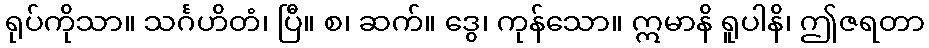
ရုပ်ကိုသာ။ သင်္ဂဟိတံ၊ ပြီ။ စ၊ ဆက်။ ဒွေ၊ ကုန်သော။ ဣမာနိ ရူပါနိ၊ ဤဇရတာ